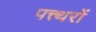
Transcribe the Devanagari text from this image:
पत्त्थरों